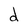
Character: d